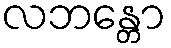
လဘန္တော